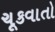
ચૂકવાતો